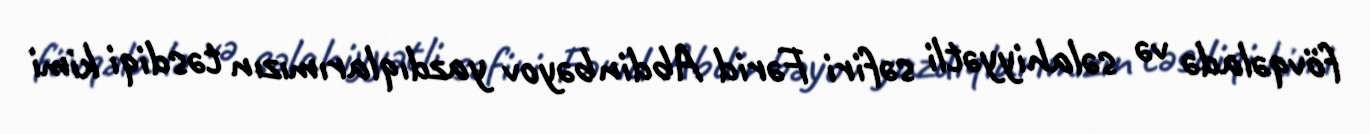
fövqəladə və səlahiyyətli səfiri Fərid Abdinbəyov yazdıqlarımızın təsdiqi kimi